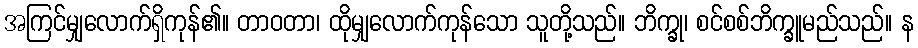
အကြင်မျှလောက်ရှိကုန်၏။ တာဝတာ၊ ထိုမျှလောက်ကုန်သော သူတို့သည်။ ဘိက္ခု၊ စင်စစ်ဘိက္ခူမည်သည်။ န